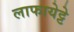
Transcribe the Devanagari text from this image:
लाफायेट्टे